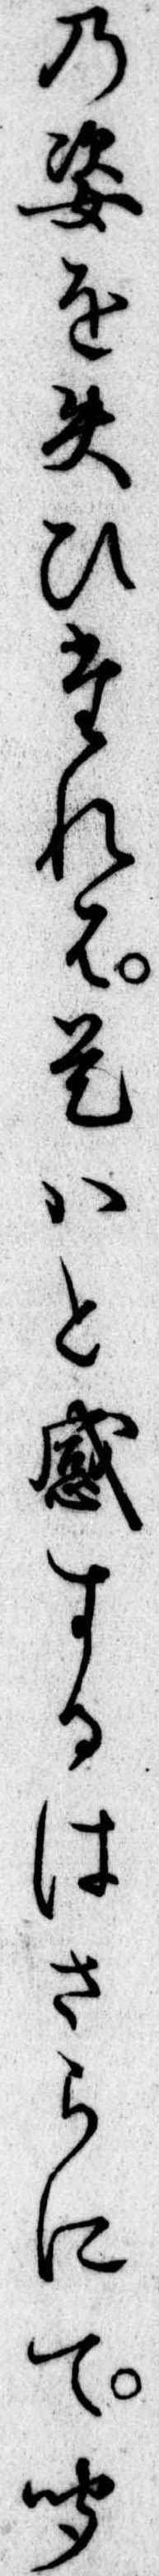
の姿を失ひたれは是はと感するはさらにて聞